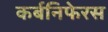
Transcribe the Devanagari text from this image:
कर्बनिफेरस